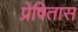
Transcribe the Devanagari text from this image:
प्रेषितास